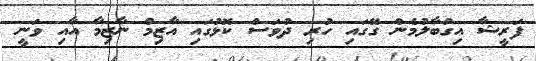
ފަރީޝާ އިގުބާލުމެން ގޭގައި ހުރި ދުވަސް ކޮޅުގައި އާޒިމް ނާޒިމާ އާއި ވަނީ